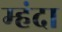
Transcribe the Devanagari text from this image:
म्हंदा